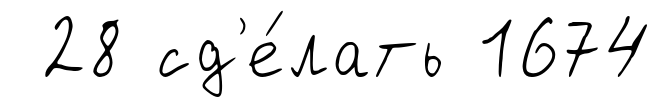
28 сд'е́лать 1674